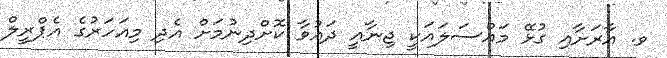
ވ. އާރަށާއި ގުޅޭ މައްސަލައަކީ ޖިނާއީ ދައުވާ ކޮށްދިނުމަށް އެދި މިއަހަރުގެ އެޕްރީލް